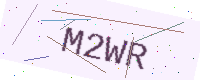
Text: M2WR